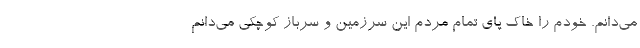
می‌دانم. خودم را خاک پای تمام مردم این سرزمین و سرباز کوچکی می‌دانم